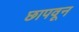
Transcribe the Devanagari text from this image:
छापवून